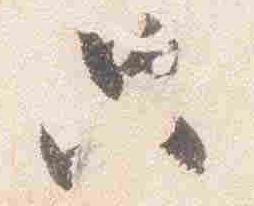
只